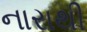
નારાથી